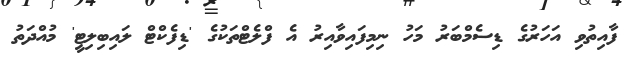
ފާއިތުވި އަހަރުގެ ޑިސެމްބަރު މަހު ނިމިފައިވާއިރު އެ ފްލެޓްތަކުގެ 'ޑިފެކްޓް ލައިބިލިޓީ' މުއްދަތު